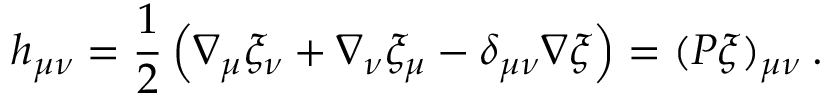
h _ { \mu \nu } = \frac { 1 } { 2 } \left( \nabla _ { \mu } \xi _ { \nu } + \nabla _ { \nu } \xi _ { \mu } - \delta _ { \mu \nu } \nabla \xi \right) = ( P \xi ) _ { \mu \nu } \: .